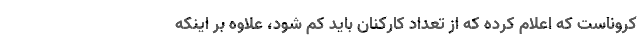
کروناست که اعلام کرده که از تعداد کارکنان باید کم شود، علاوه بر اینکه